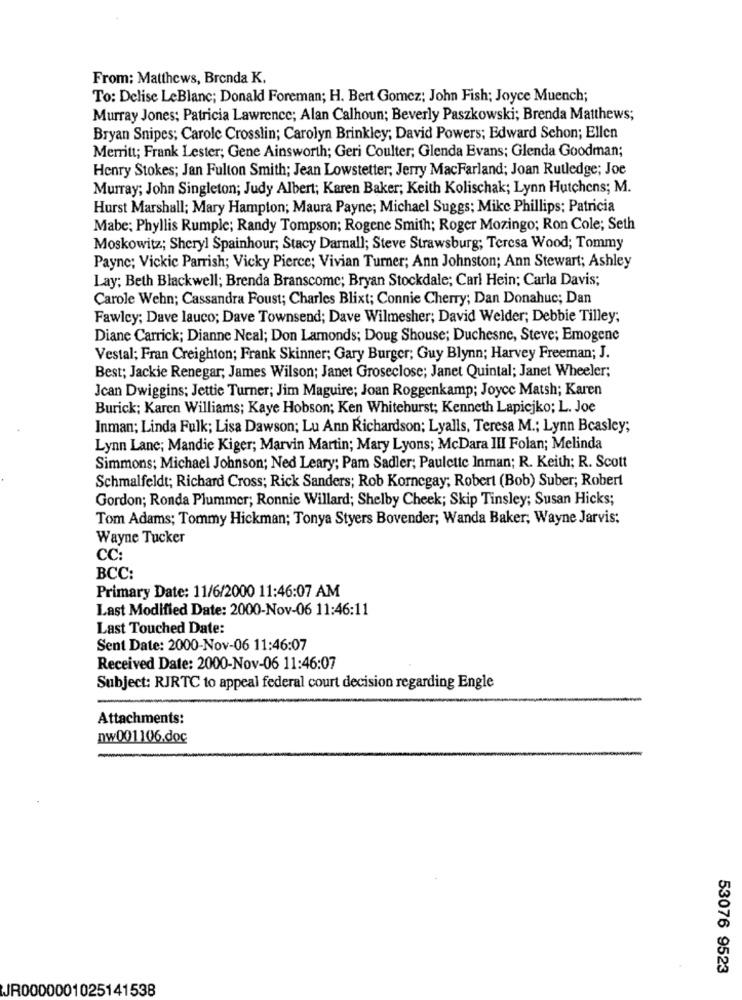
From: Matthews, Brenda K.
To: Delise LeBlanc; Donald Foreman; H. Bert Gomez; John Fish; Joyce Muench;
Murray Jones; Patricia Lawrence; Alan Calhoun; Beverly Paszkowski; Brenda Matthews;
Bryan Snipes; Carole Crosslin; Carolyn Brinkley; David Powers; Edward Schon; Ellen
Merritt; Frank Lester; Gene Ainsworth; Geri Coulter; Glenda Evans; Glenda Goodman;
Henry Stokes; Jan Fulton Smith; Jean Lowstetter; Jerry MacFarland; Joan Rutledge; Joe
Murray; John Singleton; Judy Albert; Karen Baker; Keith Kolischak; Lynn Hutchens; M.
Hurst Marshall; Mary Hampton; Maura Payne; Michael Suggs; Mike Phillips; Patricia
Mabe: Phyllis Rumple; Randy Tompson; Rogene Smith; Roger Mozingo; Ron Cole; Seth
Moskowitz; Sheryl Spainhour; Stacy Darnall; Steve Strawsburg; Teresa Wood; Tommy
Payne; Vickie Parrish; Vicky Pierce; Vivian Turner; Ann Johnston; Ann Stewart; Ashley
Lay: Beth Blackwell; Brenda Branscome; Bryan Stockdale; Carl Hein; Carla Davis;
Carole Wehn; Cassandra Foust; Charles Blixt; Connie Cherry; Dan Donahue; Dan
Fawlcy; Dave lauco; Dave Townsend; Dave Wilmesher; David Welder; Debbie Tilley;
Diane Carrick; Dianne Neal; Don Lamonds; Doug Shouse; Duchesne, Steve; Emogene
Vestal; Fran Creighton; Frank Skinner; Gary Burger; Guy Blynn; Harvey Freeman; J.
Best; Jackie Renegar; James Wilson; Janet Groseclose; Janet Quintal; Janet Wheeler;
Jcan Dwiggins; Jettie Turner; Jim Maguire; Joan Roggenkamp; Joyce Matsh; Karen
Burick; Karen Williams; Kaye Hobson; Ken Whitehurst; Kenneth Lapicjko; L. Joe
Inman; Linda Fulk; Lisa Dawson; Lu Ann Richardson; Lyalls, Teresa M .; Lynn Beasley;
Lynn Lanc; Mandie Kiger; Marvin Martin; Mary Lyons; McDara III Folan; Melinda
Simmons; Michael Johnson; Ned Leary; Pam Sadler; Paulette Inman; R. Keith; R. Scott
Schmalfeldt; Richard Cross; Rick Sanders; Rob Kornegay; Robert (Bob) Suber; Robert
Gordon; Ronda Plummer; Ronnie Willard; Shelby Cheek; Skip Tinsley; Susan Hicks;
Tom Adams; Tommy Hickman; Tonya Styers Bovender; Wanda Baker, Wayne Jarvis;
Wayne Tucker
CC:
BCC:
Primary Date: 11/6/2000 11:46:07 AM
Last Modified Date: 2000-Nov-06 11:46:11
Last Touched Date:
Sent Date: 2000-Nov-06 11:46:07
Received Date: 2000-Nov-06 11:46:07
Subject: RJRTC to appeal federal court decision regarding Engle
Attachments:
nw001106.doc
53076 9523
JR0000001025141538